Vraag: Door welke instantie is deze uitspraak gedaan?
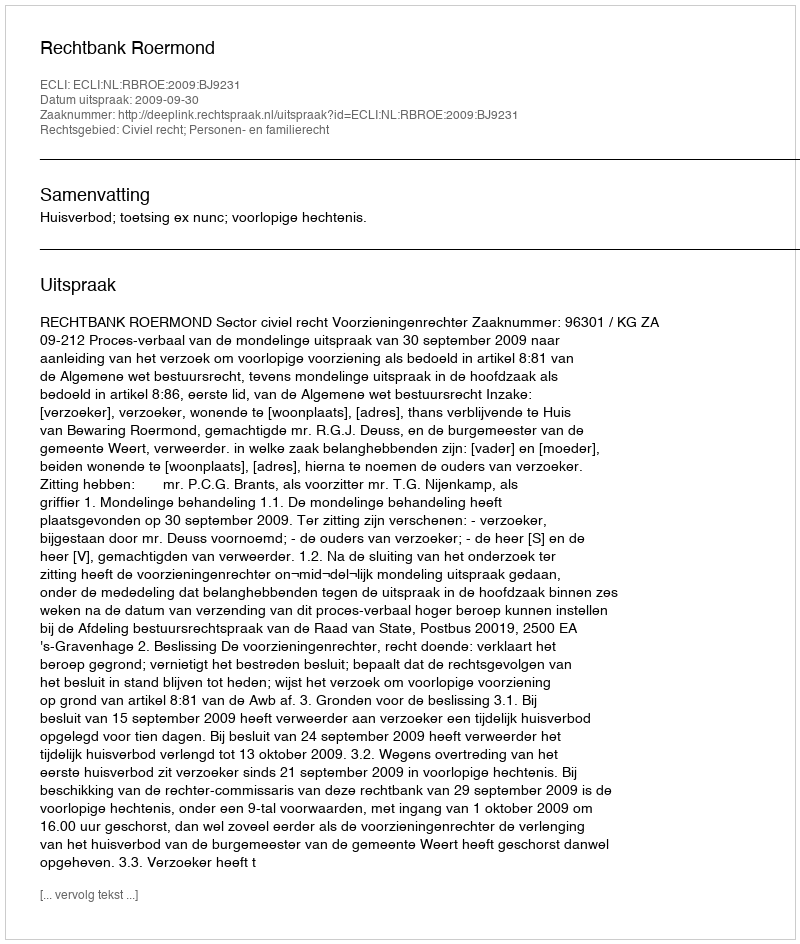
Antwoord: Rechtbank Roermond